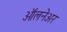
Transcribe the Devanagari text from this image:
ऑलनेअर